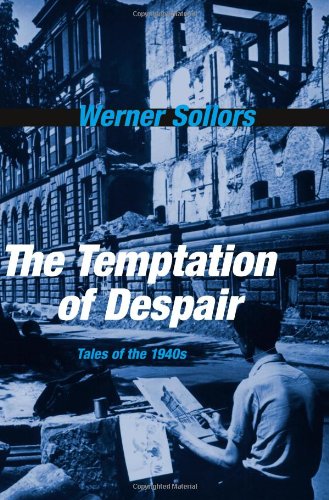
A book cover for The Temptation of Despair: Tales of the 1940s; Werner Sollors; Literature & Fiction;